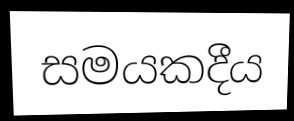
සමයකදීය